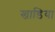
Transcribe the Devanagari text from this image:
खाडिया